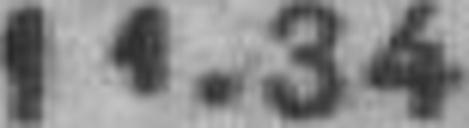
11.34